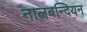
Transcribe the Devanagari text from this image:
नालबन्दियन